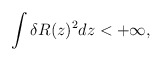
\begin{align*}\int \delta R(z)^2dz < +\infty,\end{align*}